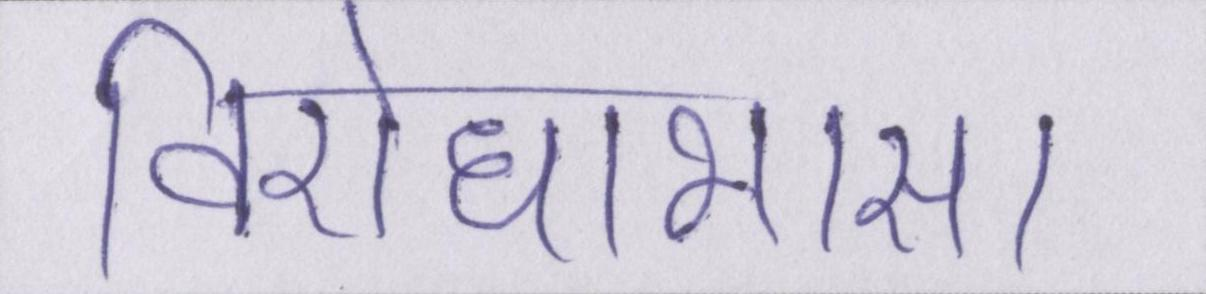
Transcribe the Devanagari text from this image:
विरोधाभास।